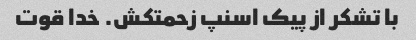
با تشکر از پیک اسنپ زحمتکش. خدا قوت